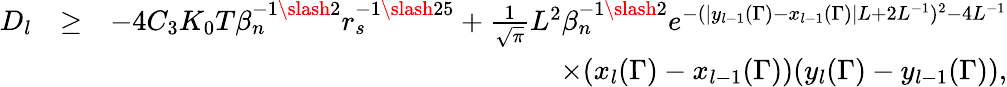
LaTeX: \begin{array}{rlr}{D_{l}}&{\geq}&{-4C_{3}K_{0}T\beta_{n}^{-1\slash 2}r_{s}^{-1\slash 25}+\frac{1}{\sqrt{\pi}}L^{2}\beta_{n}^{-1\slash 2}e^{-(|y_{l-1}(\Gamma)-x_{l-1}(\Gamma)|L+2L^{-1})^{2}-4L^{-1}}}\\ &{}&{\quad\quad\quad\quad\quad\quad\quad\quad\quad\quad\times(x_{l}(\Gamma)-x_{l-1}(\Gamma))(y_{l}(\Gamma)-y_{l-1}(\Gamma)),}\end{array}